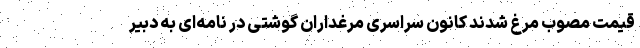
قیمت مصوب مرغ شدند کانون سراسری مرغداران گوشتی در نامه‌ای به دبیر